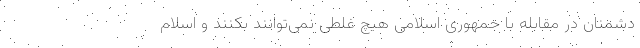
دشمنان در مقابله با جمهوری اسلامی هیچ غلطی نمی‌توانند بکنند و اسلام